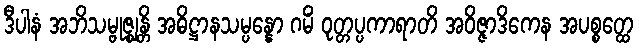
ဒီပါနံ အဘိသမ္ဗုဇ္ဈန္တိ အဓိဋ္ဌာနသမ္ပန္နော ဂမိံ ဝုတ္တပ္ပကာရာတိ အဝိဇ္ဇာဒိကေန အပစ္စတ္ထေ